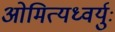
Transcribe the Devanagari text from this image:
ओमित्यध्वर्युः